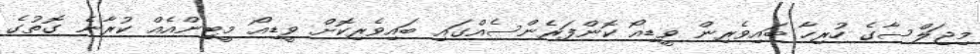
މިޖަލްސާގެ ހުރިހާ ބައިވެރިން ވީޑިއޯ ކޮންފަރެންސެއްގައި ބައިވެރިކޮށް ވީޑިއޯ މީޓިންއެއް ކުރާނެ ގޮތުގެ